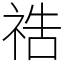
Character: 祰